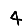
Digit: 4